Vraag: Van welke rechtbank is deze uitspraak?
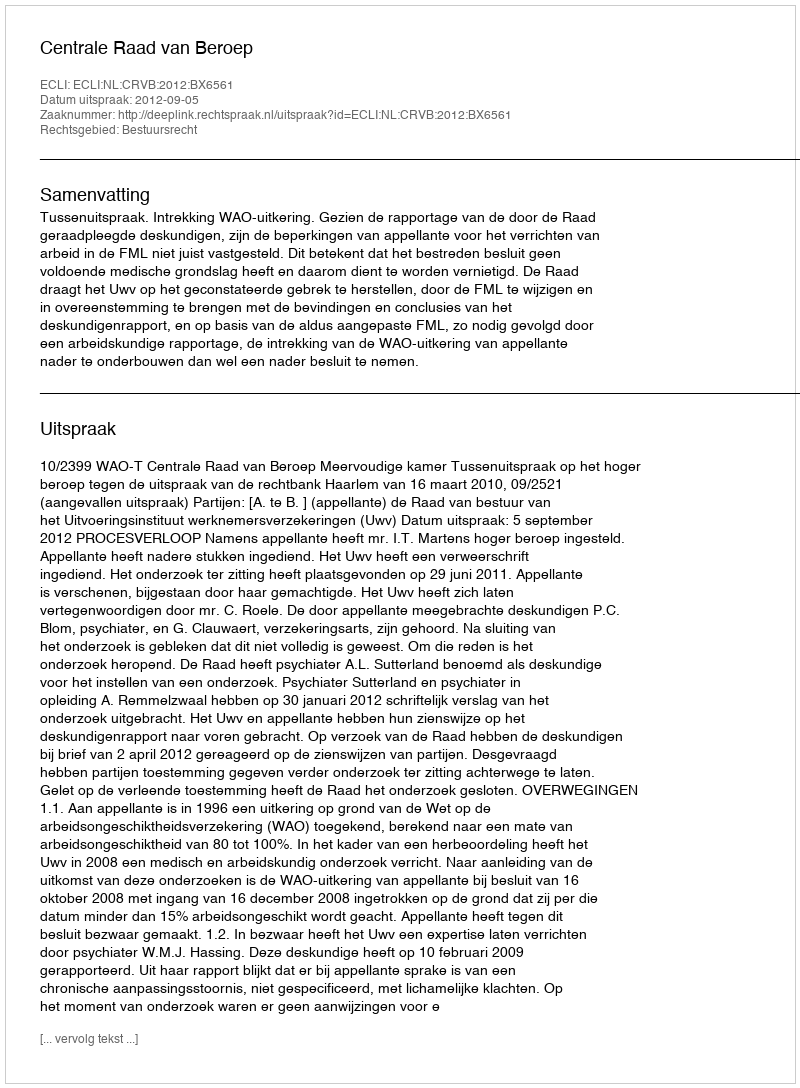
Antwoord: Centrale Raad van Beroep